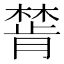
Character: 𣛅